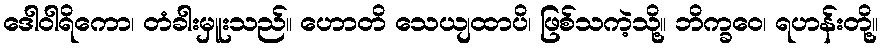
ဒေါဝါရိကော၊ တံခါးမှူးသည်။ ဟောတိ သေယျထာပိ၊ ဖြစ်သကဲ့သို့။ ဘိက္ခဝေ၊ ရဟန်းတို့။